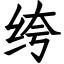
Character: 绔